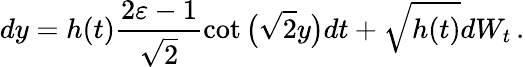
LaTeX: dy=h(t)\frac{2\varepsilon-1}{\sqrt{2}}\cot\big(\sqrt{2}y\big)dt+\sqrt{h(t)}dW_{t}\, .